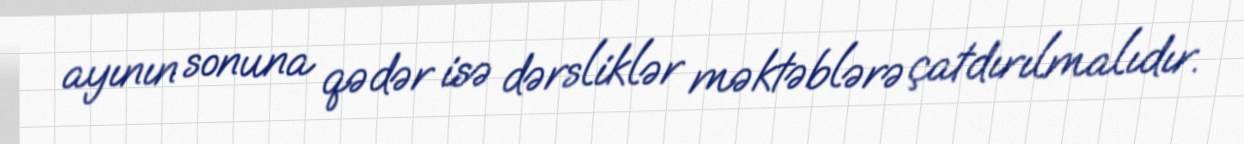
ayının sonuna qədər isə dərsliklər məktəblərə çatdırılmalıdır.